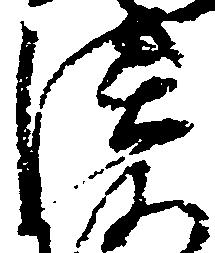
淡